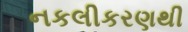
નકલીકરણથી